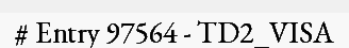
# Entry 97564 - TD2_VISA